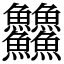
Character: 䲜